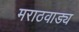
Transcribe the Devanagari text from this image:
मराठवाड्य